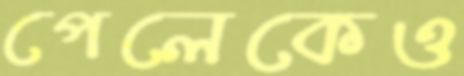
পেলেকেও